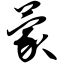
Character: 蒙